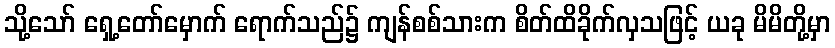
သို့သော် ရှေ့တော်မှောက် ရောက်သည်၌ ကျန်စစ်သားက စိတ်ထိခိုက်လှသဖြင့် ယခု မိမိတို့မှာ